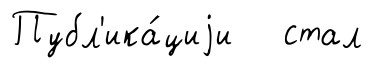
Публ'ика́циjи стал